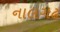
નાલગઢ